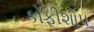
કોફીશોપ